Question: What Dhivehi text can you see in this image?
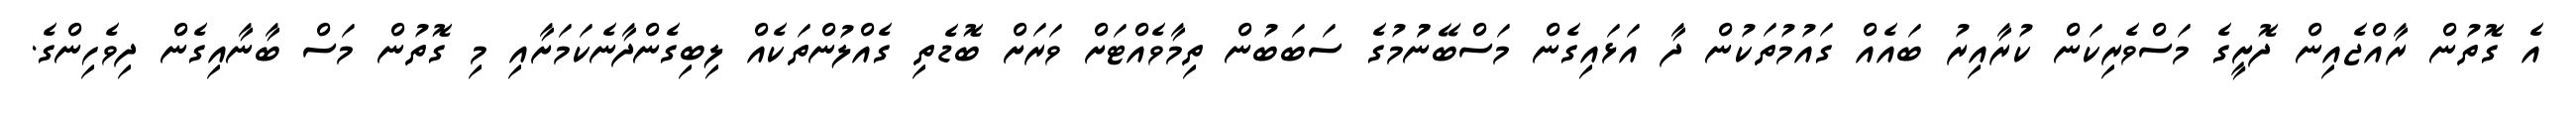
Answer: އެ ގޮތުން ރާއްޖެއިން ދޮށީގެ މަސްވެރިކަން ކުރާއިރު ބައެއް ގައުމުތަކުން ދާ އަޅައިގެން މަސްބޭނުުމުގެ ސަބަބުން ތިމާވެއްޓަށް ވަރަށް ބޮޑެތި ގެއްލުންތަކެއް ލިބިގެންދާނެކަމަށާއި މި ގޮތުން މަސް ބާނާއިގެން ދިވެހިންގެ.